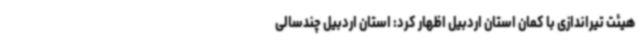
هیئت تیراندازی با کمان استان اردبیل اظهار کرد: استان اردبیل چندسالی